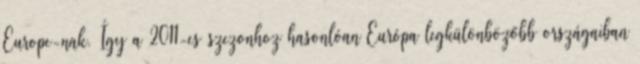
Europe-nak. Így a 2011-es szezonhoz hasonlóan Európa legkülönbözőbb országaiban